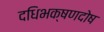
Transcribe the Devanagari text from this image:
दधिभक्षणदोष